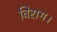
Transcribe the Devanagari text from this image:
विराग।